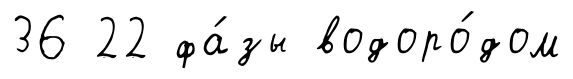
36 22 фа́зы водоро́дом